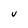
Character: U